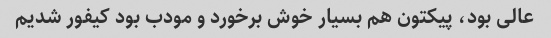
عالی بود، پیکتون هم بسیار خوش برخورد و مودب بود کیفور شدیم